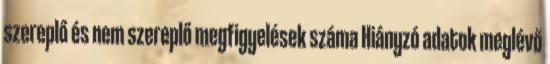
szereplő és nem szereplő megfigyelések száma Hiányzó adatok meglévő